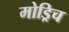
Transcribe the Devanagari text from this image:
मोड्रिच